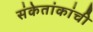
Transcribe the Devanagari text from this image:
संकेतांकांची